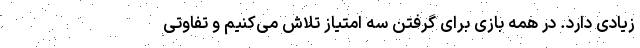
زیادی دارد. در همه بازی برای گرفتن سه امتیاز تلاش می‌کنیم و تفاوتی